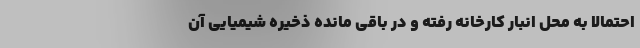
احتمالاً به محل انبار کارخانه رفته و در باقی مانده ذخیره شیمیایی آن